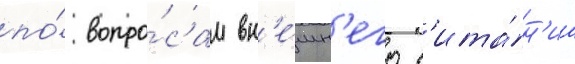
по́ вопро́сам вн'е́шн'его п'ита́н'иа